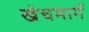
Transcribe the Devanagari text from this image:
खेचमार्ग